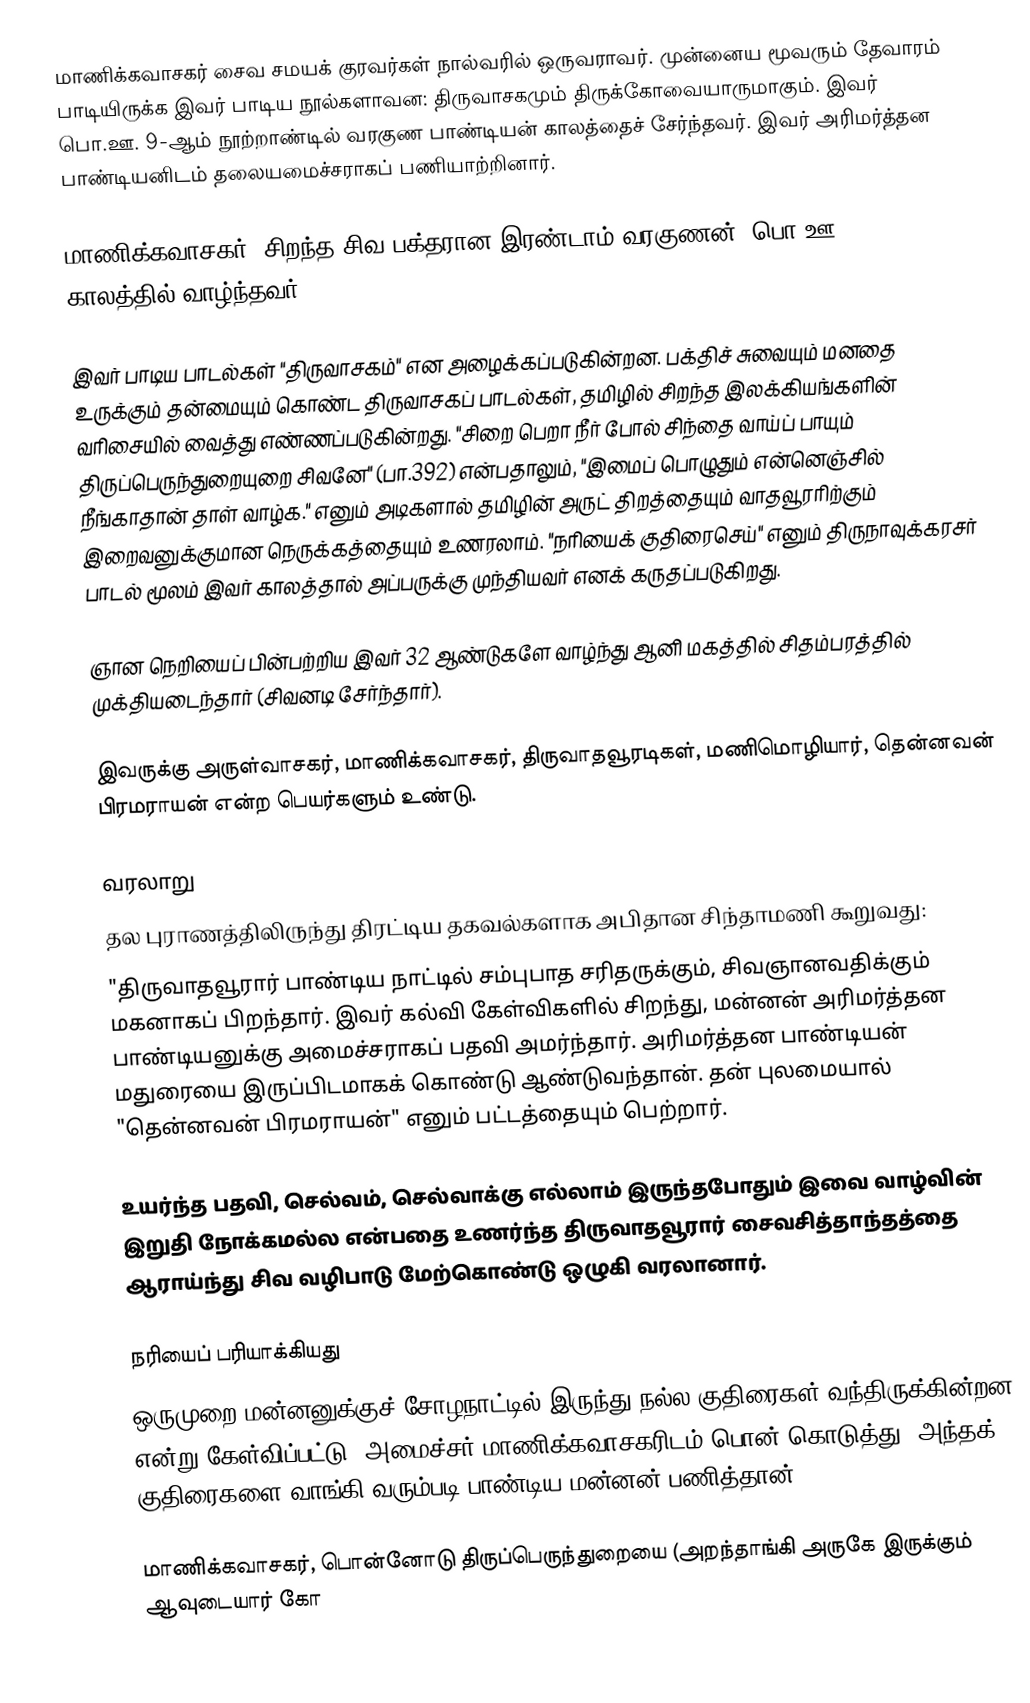
மாணிக்கவாசகர்  சைவ சமயக் குரவர்கள் நால்வரில் ஒருவராவர். முன்னைய மூவரும் தேவாரம் பாடியிருக்க இவர் பாடிய நூல்களாவன: திருவாசகமும் திருக்கோவையாருமாகும். இவர் பொ.ஊ. 9-ஆம் நூற்றாண்டில் வரகுண பாண்டியன் காலத்தைச் சேர்ந்தவர். இவர் அரிமர்த்தன பாண்டியனிடம் தலையமைச்சராகப் பணியாற்றினார்.

மாணிக்கவாசகர், சிறந்த சிவ பக்தரான இரண்டாம் வரகுணன் (பொ.ஊ. 863–911) காலத்தில் வாழ்ந்தவர்.

இவர் பாடிய பாடல்கள் "திருவாசகம்" என அழைக்கப்படுகின்றன. பக்திச் சுவையும் மனதை உருக்கும் தன்மையும் கொண்ட திருவாசகப் பாடல்கள், தமிழில் சிறந்த இலக்கியங்களின் வரிசையில் வைத்து எண்ணப்படுகின்றது. "சிறை பெறா நீர் போல் சிந்தை வாய்ப் பாயும் திருப்பெருந்துறையுறை சிவனே" (பா.392) என்பதாலும், "இமைப் பொழுதும் என்னெஞ்சில் நீங்காதான் தாள் வாழ்க." எனும் அடிகளால் தமிழின் அருட் திறத்தையும் வாதவூரரிற்கும் இறைவனுக்குமான நெருக்கத்தையும் உணரலாம். "நரியைக் குதிரைசெய்" எனும் திருநாவுக்கரசர் பாடல் மூலம் இவர் காலத்தால் அப்பருக்கு முந்தியவர் எனக் கருதப்படுகிறது.

ஞான நெறியைப் பின்பற்றிய இவர் 32 ஆண்டுகளே வாழ்ந்து ஆனி மகத்தில் சிதம்பரத்தில் முக்தியடைந்தார் (சிவனடி சேர்ந்தார்).

இவருக்கு அருள்வாசகர், மாணிக்கவாசகர், திருவாதவூரடிகள், மணிமொழியார், தென்னவன் பிரமராயன் என்ற பெயர்களும் உண்டு.

வரலாறு
தல புராணத்திலிருந்து திரட்டிய தகவல்களாக அபிதான சிந்தாமணி கூறுவது:
"திருவாதவூரார் பாண்டிய நாட்டில் சம்புபாத சரிதருக்கும், சிவஞானவதிக்கும் மகனாகப் பிறந்தார். இவர் கல்வி கேள்விகளில் சிறந்து, மன்னன் அரிமர்த்தன பாண்டியனுக்கு அமைச்சராகப் பதவி அமர்ந்தார். அரிமர்த்தன பாண்டியன் மதுரையை இருப்பிடமாகக் கொண்டு ஆண்டுவந்தான். தன் புலமையால் "தென்னவன் பிரமராயன்" எனும் பட்டத்தையும் பெற்றார்.

உயர்ந்த பதவி, செல்வம், செல்வாக்கு எல்லாம் இருந்தபோதும் இவை வாழ்வின் இறுதி நோக்கமல்ல என்பதை உணர்ந்த திருவாதவூரார் சைவசித்தாந்தத்தை ஆராய்ந்து சிவ வழிபாடு மேற்கொண்டு ஒழுகி வரலானார்.

நரியைப் பரியாக்கியது
ஒருமுறை மன்னனுக்குச் சோழநாட்டில் இருந்து நல்ல குதிரைகள் வந்திருக்கின்றன என்று கேள்விப்பட்டு, அமைச்சர் மாணிக்கவாசகரிடம்  பொன் கொடுத்து, அந்தக் குதிரைகளை வாங்கி வரும்படி பாண்டிய மன்னன் பணித்தான்.

மாணிக்கவாசகர்,  பொன்னோடு திருப்பெருந்துறையை (அறந்தாங்கி அருகே இருக்கும் ஆவுடையார் கோ